Punjab Mental Hospital Lahore 1932-46 - 1932-1946
Year: 1932
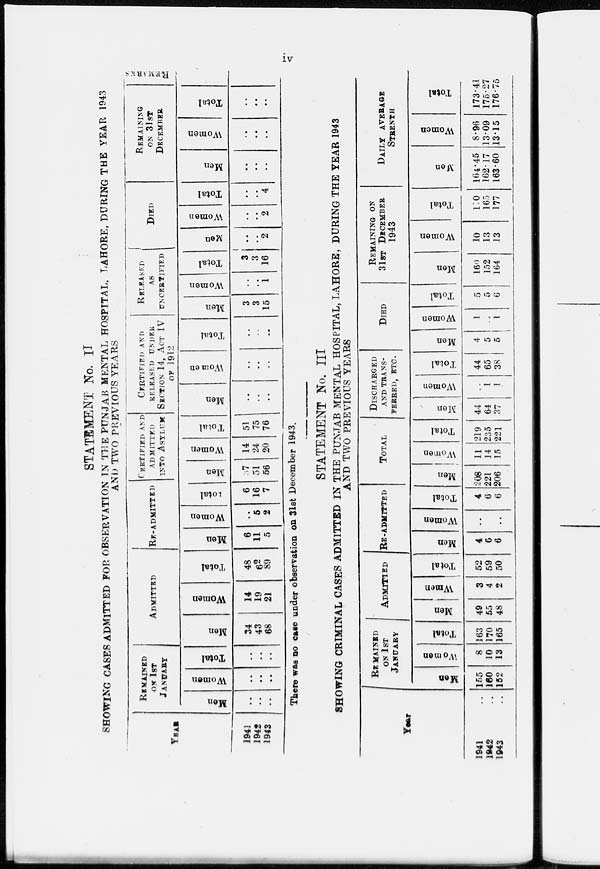
iv
STATEMENT No. II
SHOWING CASES ADMITTED FOR OBSERVATION IN THE PUNJAB MENTAL HOSPITAL, LAHORE, DURING THE YEAR 1943
AND TWO PREVIOUS YEARS
YEAR
1941
1942
1943
REMAINED
ON 1ST
JANUARY
Men
..
..
..
Women
...
..
..
Total
..
..
..
ADMITTED
Men
34
43
68
Women
14
19
21
Total
48
62
89
RE-ADMITTED
Men
6
11
5
Women
..
5
2
Total
6
16
7
CERTIFIED AND
ADMITTED
INTO ASYLUM
Men
37
51
56
Women
14
24
20
Total
51
75
76
CERTIFIED AND
RELEASED UNDER
SECTION 14, ACT IV
OF 1912
Men
..
..
..
Women
..
..
..
Total
..
..
..
RELEASED
AS
UNCERTIFIED
Men
3
3
15
Women
..
..
1
Total
3
3
16
DIED
Men
..
..
2
Women
..
..
2
Total
..
..
4
REMAINING
ON 31 ST
DECEMBER
Men
..
..
..
Women
..
..
..
Total
..
..
..
REMARKS
There was no case under observation on 31st December 1943.
STATEMENT No. III
SHOWING CRIMINAL CASES ADMITTED IN THE PUNJAB MENTAL HOSPITAL, LAHORE, DURING THE YEAR 1943
AND TWO PREVIOUS YEARS
Year
1941 ..
1942 ..
1943 ..
REMAINED
ON 1ST
JANUARY
Men
155
160
152
Women
8
10
13
Total
163
170
165
ADMITTED
Men
49
55
48
Women
3
4
2
Total
52
59
50
RE-ADMITTED
Men
4
6
6
Women
..
..
..
Total
4
6
6
TOTAL
Men
208
221
206
Women
11
14
15
Total
219
235
221
DISCHARGED
AND TRANS-
------,
ETC.
Men
44
64
37
Women
..
1
1
Total
44
65
38
DIED
Men
4
5
5
Women
1
..
1
Total
5
5
6
REMAIBNING ON
31ST DECEMBER
1943
Men
160
152
164
Women
10
13
13
Total
110
165
177
DAILY AVERAGE
STRENTH
Men
164.45
162.17
163.60
Women
8.96
13.09
13.15
Total
173.41
175.27
176.75